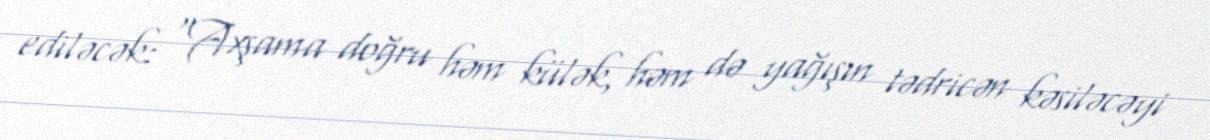
ediləcək: “Axşama doğru həm külək, həm də yağışın tədricən kəsiləcəyi